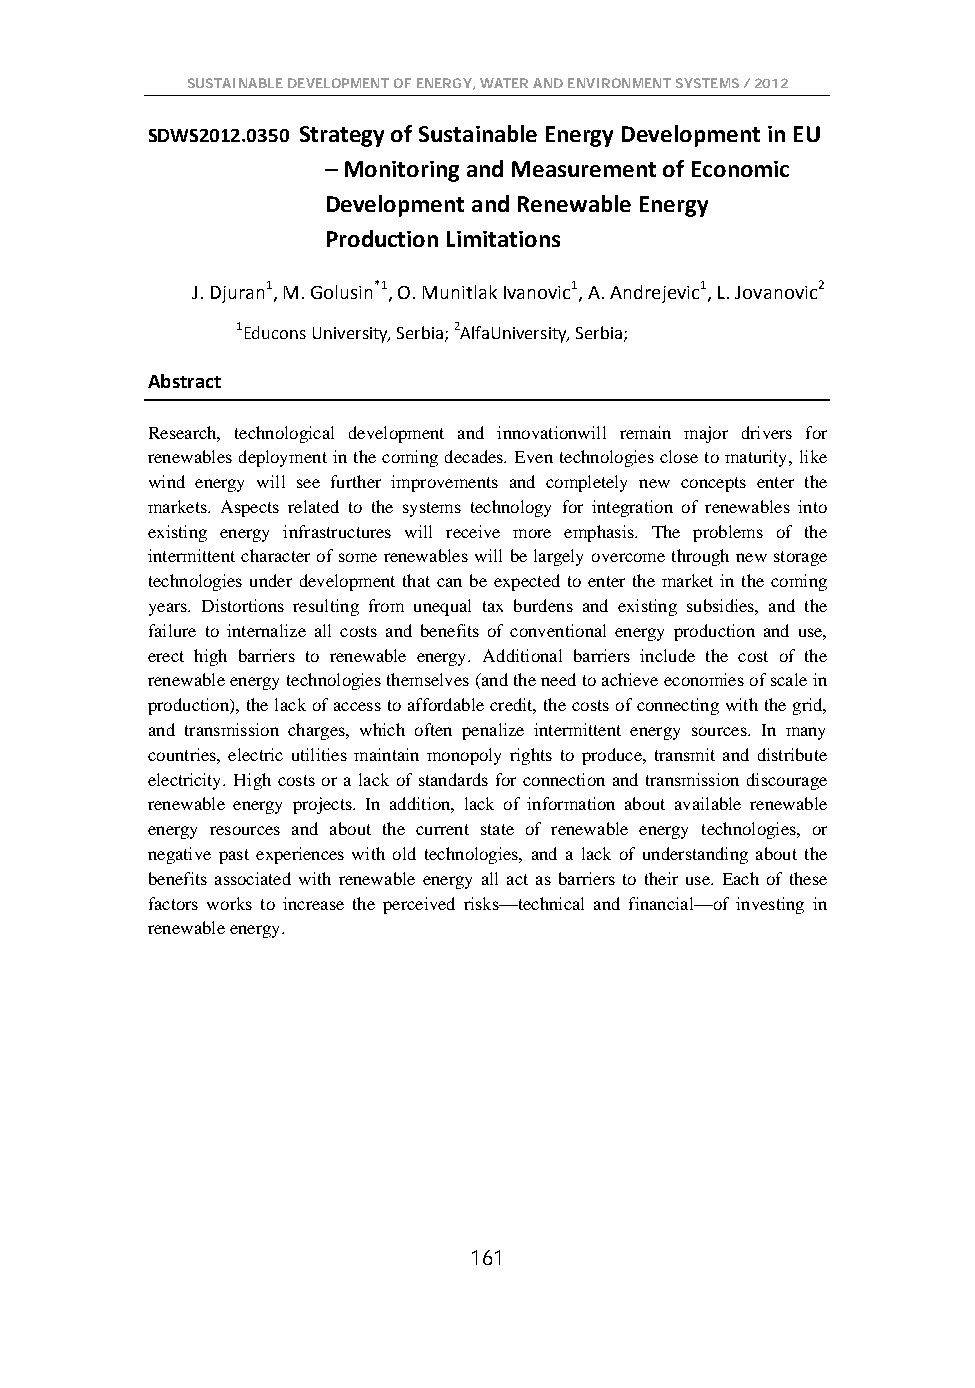
SUSTAINABLE DEVELOPMENT OF ENERGY, WATER AND ENVIRONMENT SYSTEMS / 2012
 SDWS2012.0350 Strategy of Sustainable Energy Development in EU
 – Monitoring and Measurement of Economic
 Development and Renewable Energy
 Production Limitations
 J. Djuran1, M. Golusin*1, O. Munitlak Ivanovic1, A. Andrejevic1, L. Jovanovic2
 1Educons University, Serbia; 2AlfaUniversity, Serbia;
 Abstract
 Research, technological development and innovationwill remain major drivers for
 renewables deployment in the coming decades. Even technologies close to maturity, like
 wind energy will see further improvements and completely new concepts enter the
 markets. Aspects related to the systems technology for integration of renewables into
 existing energy infrastructures will receive more emphasis. The problems of the
 intermittent character of some renewables will be largely overcome through new storage
 technologies under development that can be expected to enter the market in the coming
 years. Distortions resulting from unequal tax burdens and existing subsidies, and the
 failure to internalize all costs and benefits of conventional energy production and use,
 erect high barriers to renewable energy. Additional barriers include the cost of the
 renewable energy technologies themselves (and the need to achieve economies of scale in
 production), the lack of access to affordable credit, the costs of connecting with the grid,
 and transmission charges, which often penalize intermittent energy sources. In many
 countries, electric utilities maintain monopoly rights to produce, transmit and distribute
 electricity. High costs or a lack of standards for connection and transmission discourage
 renewable energy projects. In addition, lack of information about available renewable
 energy resources and about the current state of renewable energy technologies, or
 negative past experiences with old technologies, and a lack of understanding about the
 benefits associated with renewable energy all act as barriers to their use. Each of these
 factors works to increase the perceived risks—technical and financial—of investing in
 renewable energy.
 161